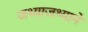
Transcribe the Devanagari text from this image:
जथ्याजथ्याने